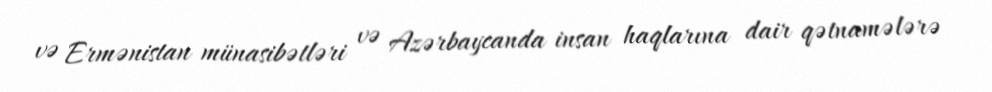
və Ermənistan münasibətləri və Azərbaycanda insan haqlarına dair qətnamələrə